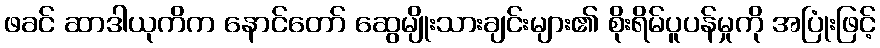
ဖခင် ဆာဒါယုကိက နောင်တော် ဆွေမျိုးသားချင်းများ၏ စိုးရိမ်ပူပန်မှုကို အပြုံးဖြင့်